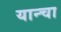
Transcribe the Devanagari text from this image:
यान्चा